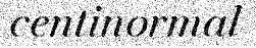
centinormal